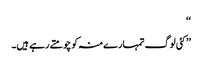
‘‘
’’کئی لوگ تمہارے منہ کو چومتے رہے ہیں۔